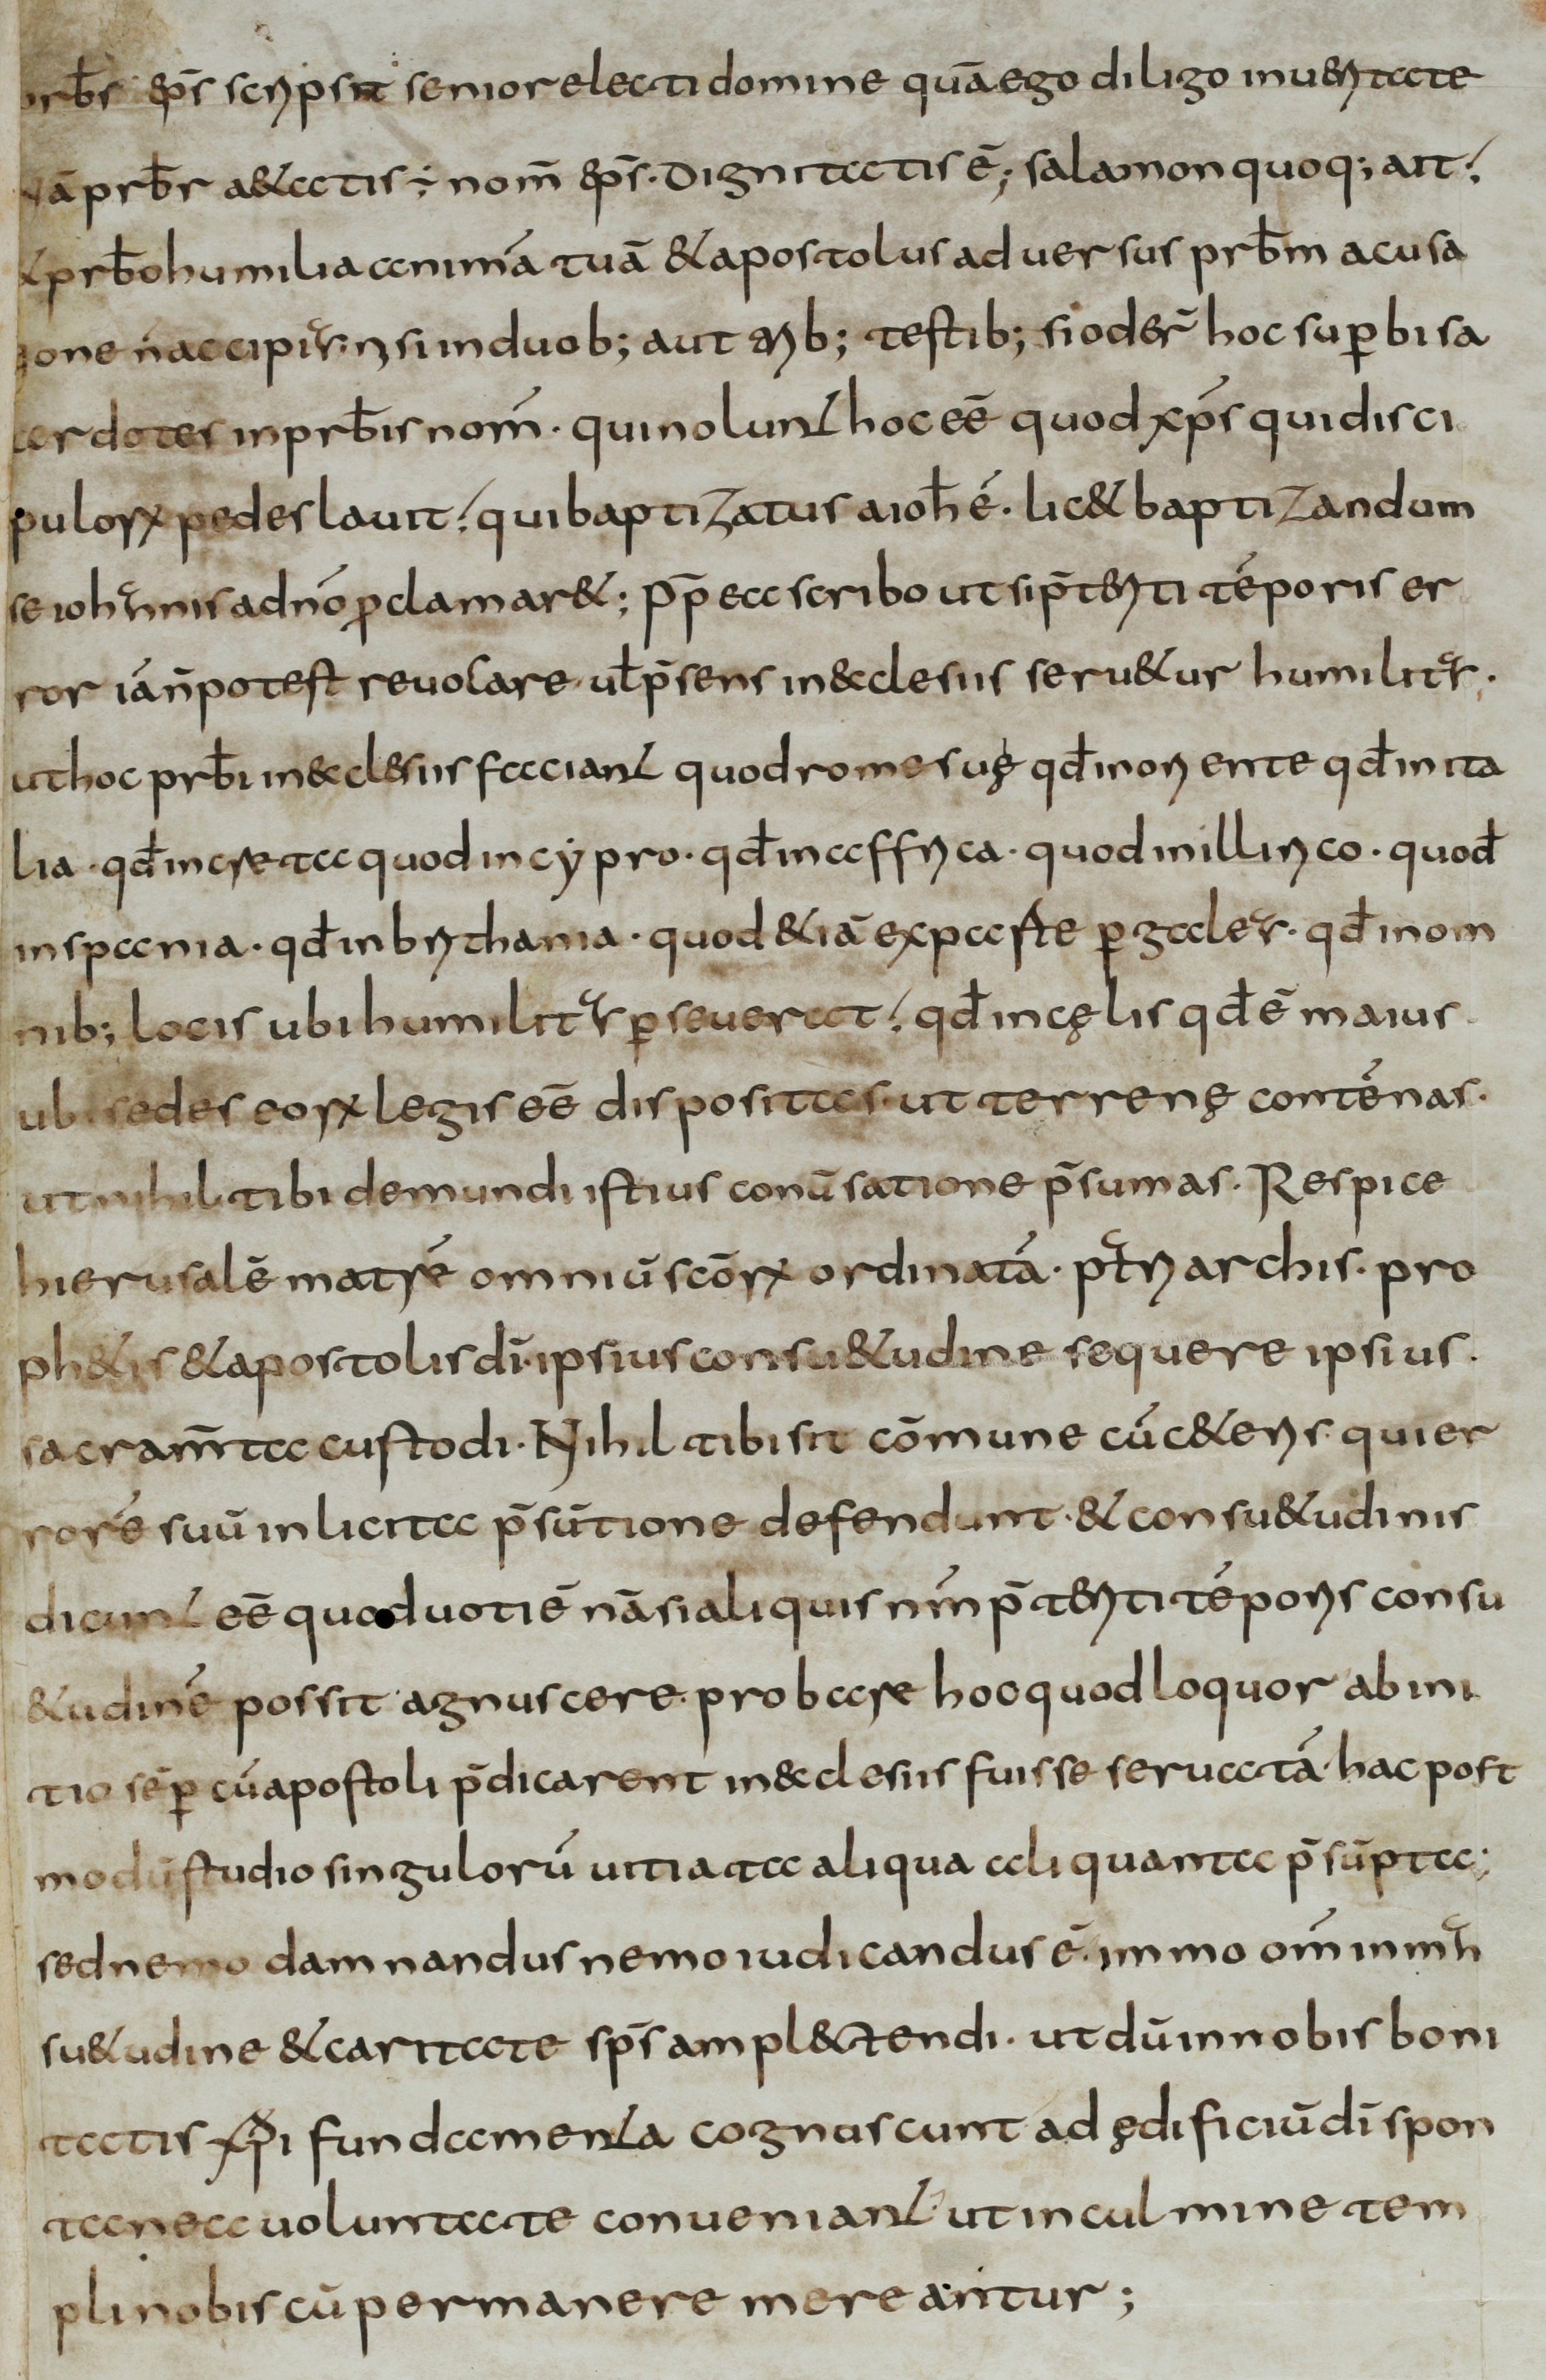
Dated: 800–830